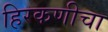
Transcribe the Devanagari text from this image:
हिरकणीचा